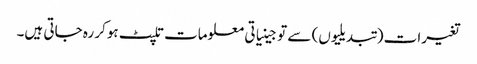
تغیرات (تبدیلیوں) سے تو جینیاتی معلومات تلپٹ ہوکر رہ جاتی ہیں۔